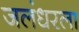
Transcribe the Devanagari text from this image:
जलंधरला